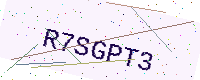
Text: R7SGPT3